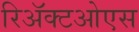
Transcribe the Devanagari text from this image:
रिॲक्टओएस